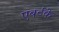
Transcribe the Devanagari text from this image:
एबर्टके